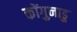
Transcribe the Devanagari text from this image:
कोंगुनाडु